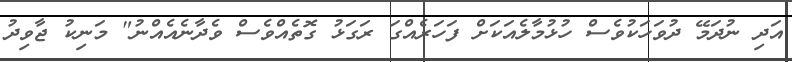
އަދި ނުދަމޭ ދުވަހަކުވެސް ހުޅުމާލެއަކަށް ފަހަރެއްގަ ރަގަޅު ގޮތެއްވެސް ވެދާނެއެއްނު" މަނިކު ޖާވިދު